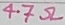
Text: 4.7Ω